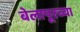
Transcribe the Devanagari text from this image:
बेलापूरच्या